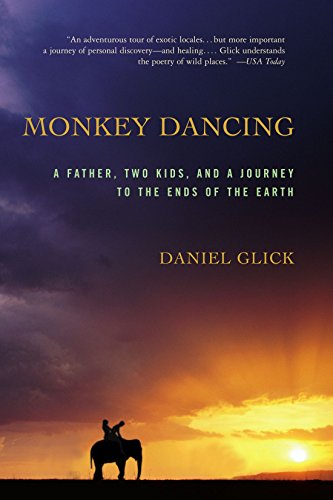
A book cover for Monkey Dancing: A Father, Two Kids, And A Journey To The Ends Of The Earth; Daniel Glick; Travel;